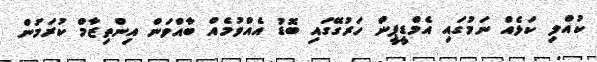
ކުއްލި ކަޅެއް ނަމުގައި އެމްޑީޕީން ހަރުގޭގައި ބޮޑު އެއްވުމެއް ބާއްވަން އިންތިޒާމް ކުރަމުން